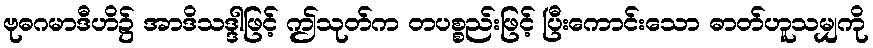
ဗုဓဂမာဒီဟိ၌ အာဒိသဒ္ဒါဖြင့် ဤသုတ်က တပစ္စည်းဖြင့် ပြီးကောင်းသော ဓာတ်ဟူသမျှကို